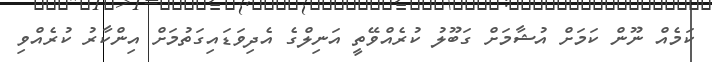
ކަމެއް ނޫން ކަމަށް އުޝާމަށް ގަބޫލު ކުރެއްވޭތީ އަނިލްގެ އެދިވަޑައިގަތުމަށް އިންކާރު ކުރެއްވި